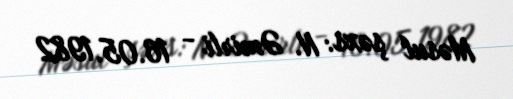
Məsul şəxs: N. Əmirli - 16.05.1982